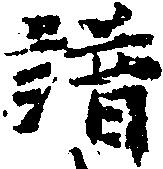
譜